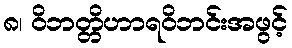
၈၊ ဝိဘတ္တိဟာရဝိဘင်းအဖွင့်